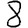
Digit: 8